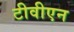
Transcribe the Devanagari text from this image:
टीवीएन